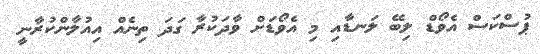
ޕުސްކަސް އެވޯޑް ލިބޭ ލަނޑާއި މި އެވޯޑަށް ވާދަކުރާ ގަދަ ތިނެއް އިއުލާންކުރާނީ